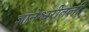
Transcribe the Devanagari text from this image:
ज्ञानेश्वरीतली